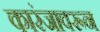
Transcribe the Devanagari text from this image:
कारंजावरून